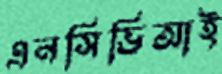
এনসিভিআই